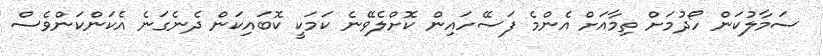
ސަމާލުކަން ހޯދުމަށް ތިމާއަށް އެންމެ ފަސޭހައިން ކޮށްލެވޭނެ ކަމަކީ ކޮބައިކަން ދެނެގަނެ އެކަންކަންވެސް